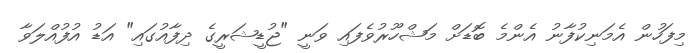
މިފަހުން އެމަނިކުފާނު އެންމެ ބޮޑަށް މަޝްހޫރުވެފައި ވަނީ "ޖުޑީޝަރީގެ ދިފާއުގައި" އަޑު އުފުއްލަވާ